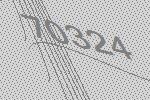
70324